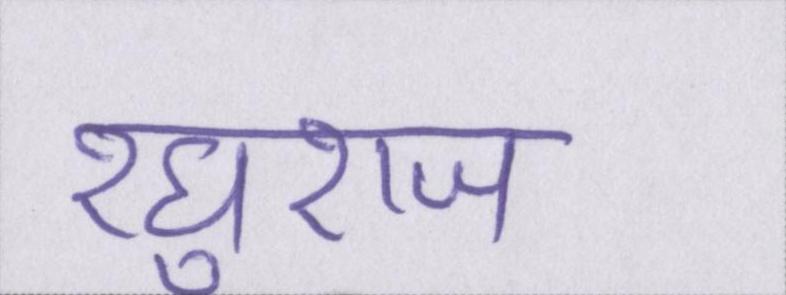
रघुराज